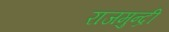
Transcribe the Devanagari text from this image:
राजमुन्द्री